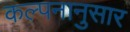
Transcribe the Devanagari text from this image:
कल्पनानुसार